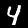
Digit: 4